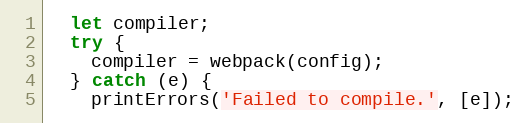
Language: JavaScript
  let compiler;
  try {
    compiler = webpack(config);
  } catch (e) {
    printErrors('Failed to compile.', [e]);